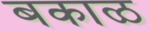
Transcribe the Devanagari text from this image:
बकाळ